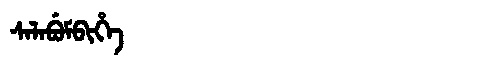
Manchu: ᠰᠠᠯᠠᠪᡠᠮᠪᡳᡥᡝ
Romanization: SALABUMBIHE